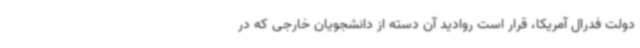
دولت فدرال آمریکا، قرار است روادید آن دسته از دانشجویان خارجی که در